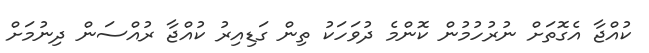
ކުއްޖާ އެގޮތަށް ނުރުހުމުން ކޮންމެ ދުވަހަކު ތިން ގަޑިއިރު ކުއްޖާ ރުއްސަން ދިނުމަށް